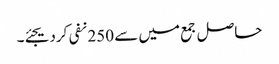
حاصل جمع میں سے 250 نفی کردیجئے۔